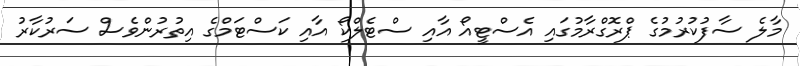
މާލެ ސާފުކުރުމުގެ ޕްރޮގްރާމުގައި އެސްޓީއޯ އާއި ސްޓެލްކޯ އާއި ކަސްޓަމްގެ އިތުރުންވެސް ސަރުކާރު